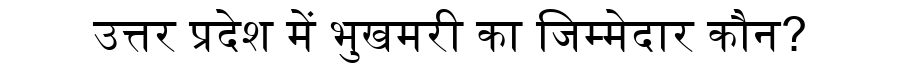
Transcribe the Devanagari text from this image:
उत्तर प्रदेश में भुखमरी का जिम्मेदार कौन?